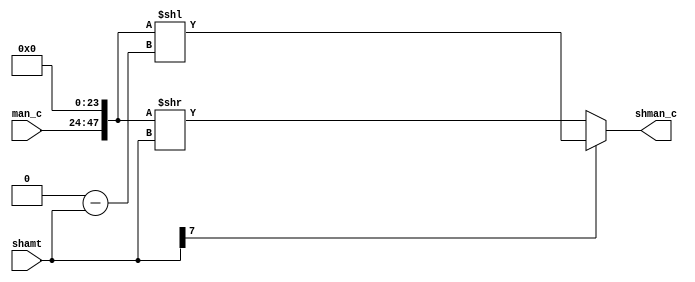
module shifter(man_c, shamt, shman_c
	);

	// Assigining ports as in/out
	input [23:0] man_c;
	input [7:0] shamt;
	output [71:0] shman_c;

	// Logic
	wire [71:0] man_c_ext = {{24{1'b0}}, man_c, {24{1'b0}}};
	assign shman_c = (shamt[7] == 0) ? (man_c_ext >> shamt) : (man_c_ext << ({8{1'b0}} - shamt));

endmodule